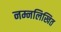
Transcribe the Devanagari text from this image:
नम्नलिखित